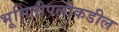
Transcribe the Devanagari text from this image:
भूमितीपलीकडील